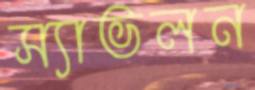
স্যাভলন